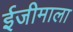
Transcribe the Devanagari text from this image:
ईजीमाला